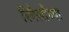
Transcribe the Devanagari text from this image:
रिनैसाँच्या